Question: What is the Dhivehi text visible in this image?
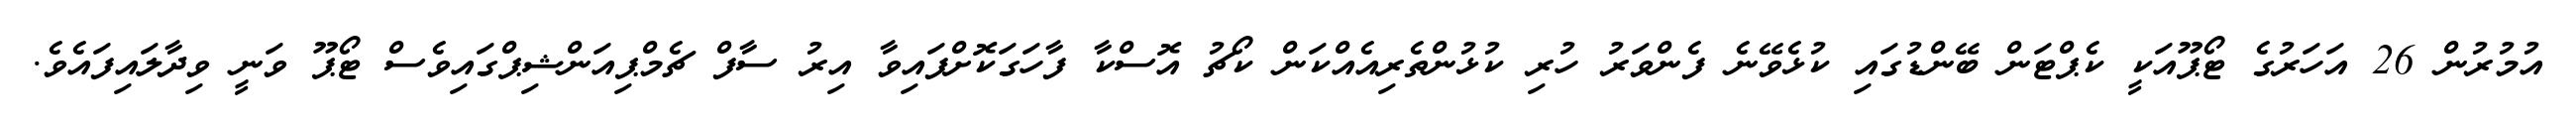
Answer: އުމުރުން 26 އަހަރުގެ ޓޯޕޫއަކީ ކެޕްޓަން ބޭންޑުގައި ކުޅެވޭނެ ފެންވަރު ހުރި ކުޅުންތެރިއެއްކަން ކޯޗު އޮސްކާ ފާހަގަކޮށްފައިވާ އިރު ސާފް ޗެމްޕިއަންޝިޕްގައިވެސް ޓޯޕޫ ވަނީ ވިދާލައިފައެވެ.